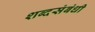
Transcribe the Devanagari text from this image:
शब्दसंबंधी